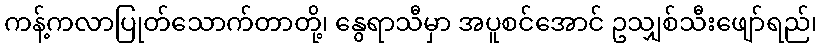
ကန့်ကလာပြုတ်သောက်တာတို့၊ နွေရာသီမှာ အပူစင်အောင် ဥသျှစ်သီးဖျော်ရည်၊